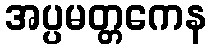
အပ္ပမတ္တကေန